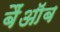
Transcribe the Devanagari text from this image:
बैंऑब